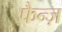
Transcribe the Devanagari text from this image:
फैन्ज़